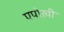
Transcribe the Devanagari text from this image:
एपोख़ी